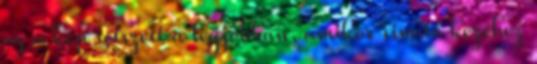
az a kép tetszett a legjobban, amikor simító kezéhez